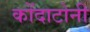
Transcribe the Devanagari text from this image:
कोंदाटोनी